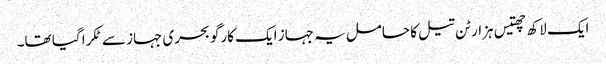
ایک لاکھ چھتیس ہزار ٹن تیل کا حامل یہ جہاز ایک کارگو بحری جہاز سے ٹکرا گیا تھا۔